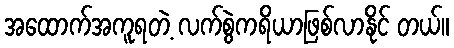
အထောက်အကူရတဲ့ လက်စွဲကရိယာဖြစ်လာနိုင် တယ်။